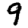
Digit: 9